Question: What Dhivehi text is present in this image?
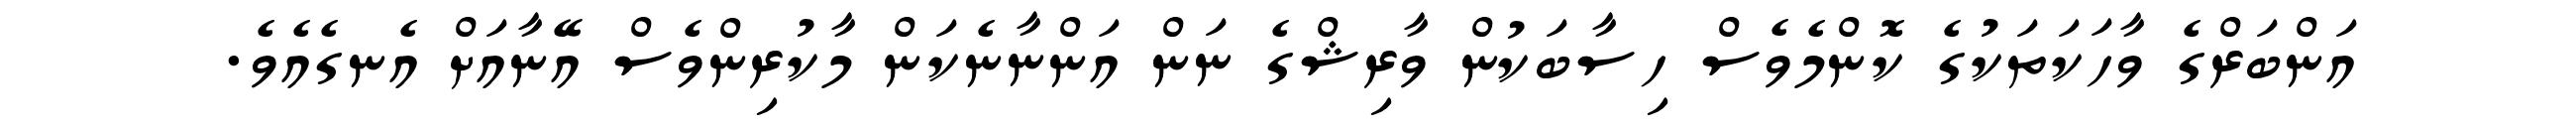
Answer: އަންބަރްގެ ވާހަކަތަކުގެ ކޮންމެވެސް ހިސާބަކުން ވާރިޝްގެ ނަން އަންނާނެކަން މާކުރިންވެސް އޭނާއަށް އެނގެއެވެ.